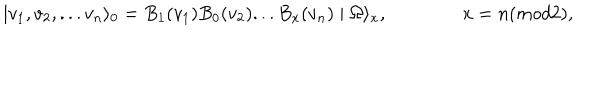
LaTeX: \mid v _ { 1 } , v _ { 2 } , . . . v _ { n } \rangle _ { 0 } = B _ { 1 } ( v _ { 1 } ) B _ { 0 } ( v _ { 2 } ) . . . B _ { x } ( v _ { n } ) \mid \Omega \rangle _ { x } , \qquad \qquad x = n ( m o d 2 ) ,